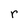
Character: r